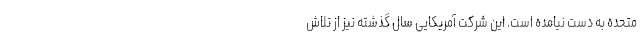
متحده به دست نیامده است. این شرکت آمریکایی سال گذشته نیز از تلاش